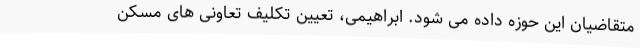
متقاضیان این حوزه داده می شود. ابراهیمی، تعیین تکلیف تعاونی های مسکن